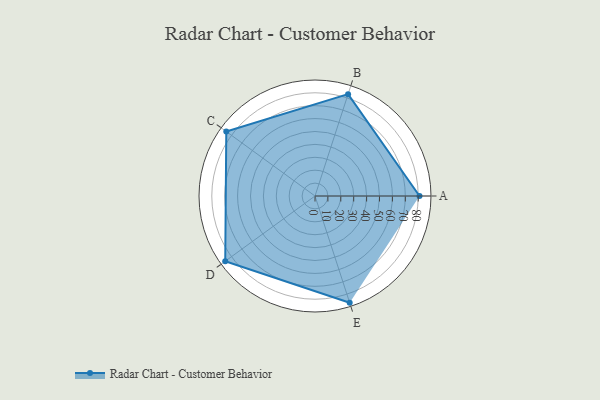
{"axis": {"x": "Skill", "y": "Score"}, "legend": ["Profile"], "data": [{"x": "A", "y": 81.0, "type": "Profile"}, {"x": "B", "y": 83.0, "type": "Profile"}, {"x": "C", "y": 85.0, "type": "Profile"}, {"x": "D", "y": 86.0, "type": "Profile"}, {"x": "E", "y": 87.0, "type": "Profile"}]}